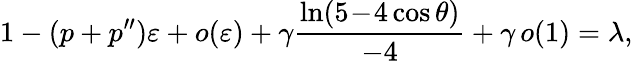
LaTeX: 1-(p+p^{\prime\prime})\varepsilon+o(\varepsilon)+\gamma\frac{\ln(5\! -\! 4\cos\theta)}{-4}+\gamma\, o(1)=\lambda,